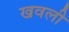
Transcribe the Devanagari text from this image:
खवली